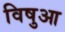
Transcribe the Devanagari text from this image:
विषुआ